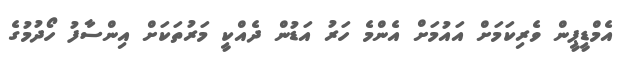
އެމްޑީޕީން ވެރިކަމަށް އައުމަށް އެންމެ ހަރު އަޑުން ދެއްކީ މަރުތަކަށް އިންސާފު ހޯދުމުގެ